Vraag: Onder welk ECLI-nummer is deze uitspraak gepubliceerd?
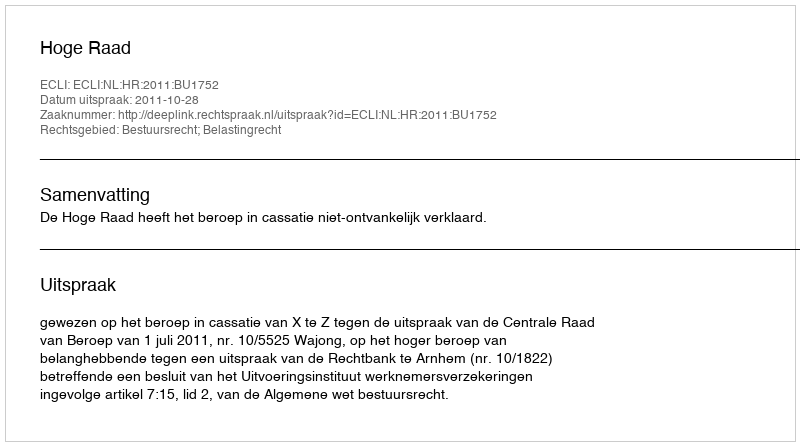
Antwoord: ECLI:NL:HR:2011:BU1752